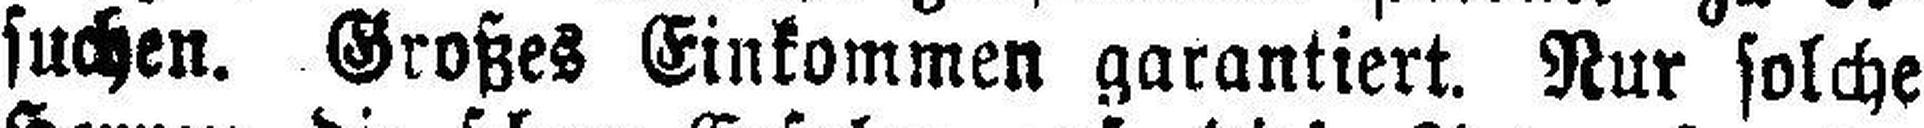
suchen. Großes Einkommen garantiert. Nur solche